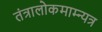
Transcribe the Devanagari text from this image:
तंत्रालोकमाम्न्यत्र